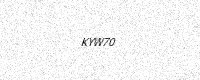
Text: KYW70